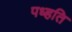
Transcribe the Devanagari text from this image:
पध्हति